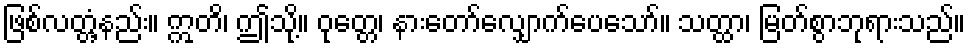
ဖြစ်လတ္တံ့နည်း။ ဣတိ၊ ဤသို့။ ဝုတ္တေ၊ နားတော်လျှောက်ပေသော်။ သတ္ထာ၊ မြတ်စွာဘုရားသည်။